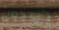
يتزوجون